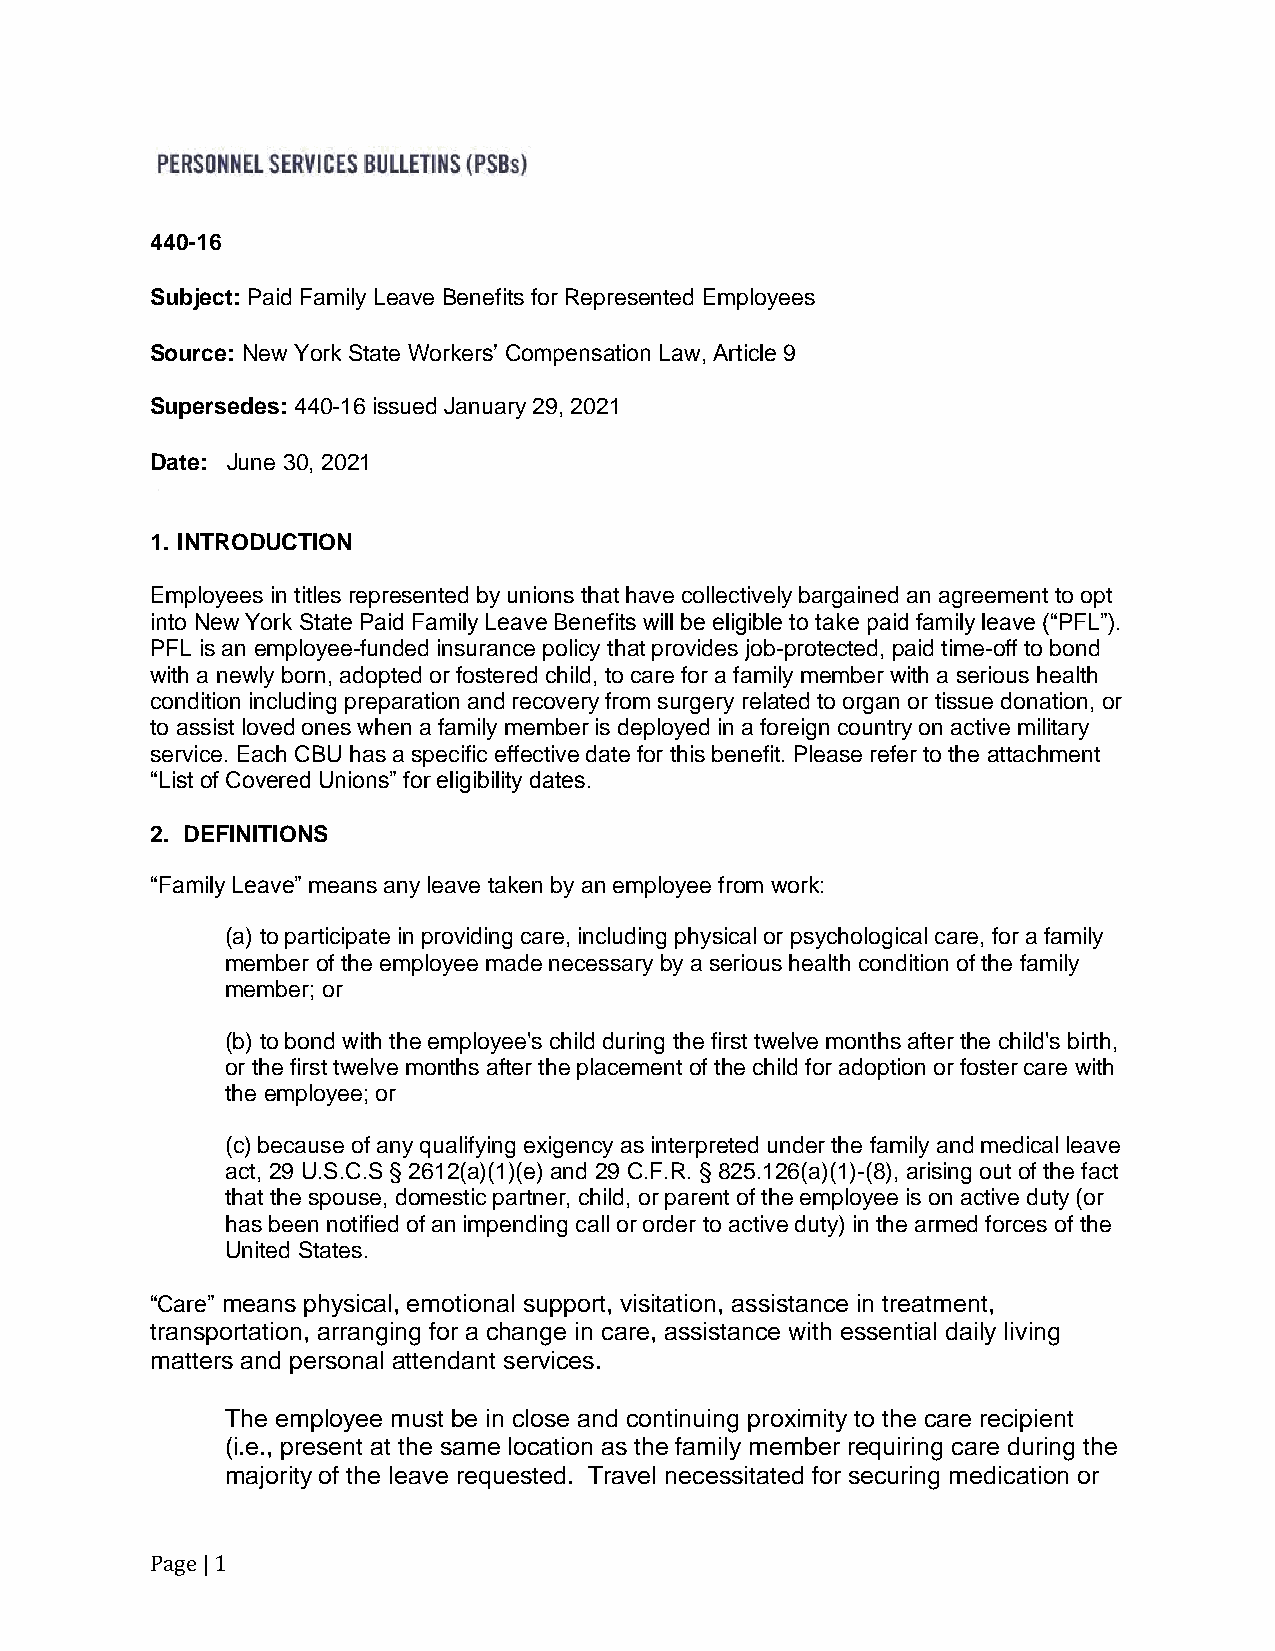
440-16
 Subject: Paid Family Leave Benefits for Represented Employees
 Source: New York State Workers’ Compensation Law, Article 9
 Supersedes: 440-16 issued January 29, 2021
 Date: June 30, 2021
 1. INTRODUCTION
 Employees in titles represented by unions that have collectively bargained an agreement to opt
 into New York State Paid Family Leave Benefits will be eligible to take paid family leave (“PFL”).
 PFL is an employee-funded insurance policy that provides job-protected, paid time-off to bond
 with a newly born, adopted or fostered child, to care for a family member with a serious health
 condition including preparation and recovery from surgery related to organ or tissue donation, or
 to assist loved ones when a family member is deployed in a foreign country on active military
 service. Each CBU has a specific effective date for this benefit. Please refer to the attachment
 “List of Covered Unions” for eligibility dates.
 2. DEFINITIONS
 “Family Leave” means any leave taken by an employee from work:
 (a) to participate in providing care, including physical or psychological care, for a family
 member of the employee made necessary by a serious health condition of the family
 member; or
 (b) to bond with the employee's child during the first twelve months after the child's birth,
 or the first twelve months after the placement of the child for adoption or foster care with
 the employee; or
 (c) because of any qualifying exigency as interpreted under the family and medical leave
 act, 29 U.S.C.S § 2612(a)(1)(e) and 29 C.F.R. § 825.126(a)(1)-(8), arising out of the fact
 that the spouse, domestic partner, child, or parent of the employee is on active duty (or
 has been notified of an impending call or order to active duty) in the armed forces of the
 United States.
 “Care” means physical, emotional support, visitation, assistance in treatment,
 transportation, arranging for a change in care, assistance with essential daily living
 matters and personal attendant services.
 The employee must be in close and continuing proximity to the care recipient
 (i.e., present at the same location as the family member requiring care during the
 majority of the leave requested. Travel necessitated for securing medication or
 Page | 1